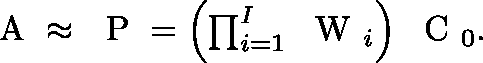
\begin{array} { r } { \ensuremath { { \mathchoice { \mathrm { \boldmath ~ \displaystyle ~ A ~ } } { \mathrm { \boldmath ~ \textstyle ~ A ~ } } { \mathrm { \boldmath ~ \scriptstyle ~ A ~ } } { \mathrm { \boldmath ~ \scriptscriptstyle ~ A ~ } } } } \approx \ensuremath { { \mathchoice { \mathrm { \boldmath ~ \displaystyle ~ P ~ } } { \mathrm { \boldmath ~ \textstyle ~ P ~ } } { \mathrm { \boldmath ~ \scriptstyle ~ P ~ } } { \mathrm { \boldmath ~ \scriptscriptstyle ~ P ~ } } } } = \left( \prod _ { i = 1 } ^ { I } \ensuremath { { \mathchoice { \mathrm { \boldmath ~ \displaystyle ~ W ~ } } { \mathrm { \boldmath ~ \textstyle ~ W ~ } } { \mathrm { \boldmath ~ \scriptstyle ~ W ~ } } { \mathrm { \boldmath ~ \scriptscriptstyle ~ W ~ } } } } _ { i } \right) \ensuremath { { \mathchoice { \mathrm { \boldmath ~ \displaystyle ~ C ~ } } { \mathrm { \boldmath ~ \textstyle ~ C ~ } } { \mathrm { \boldmath ~ \scriptstyle ~ C ~ } } { \mathrm { \boldmath ~ \scriptscriptstyle ~ C ~ } } } } _ { 0 } . } \end{array}